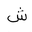
Letter: _shin